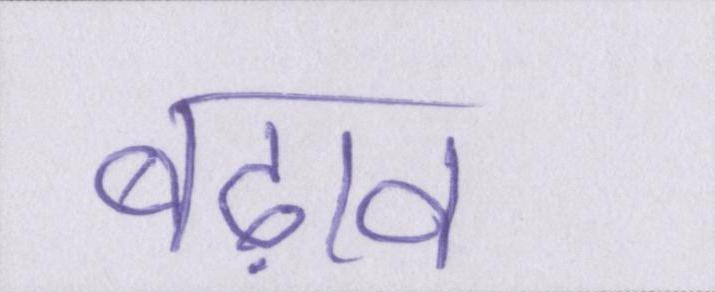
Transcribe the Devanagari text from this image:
बढ़ावा